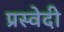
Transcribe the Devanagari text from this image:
प्रस्वेदी